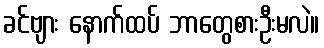
ခင်ဗျား နောက်ထပ် ဘာတွေစားဦးမလဲ။